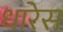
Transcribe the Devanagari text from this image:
धारेस